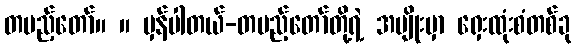
တပည့်တော်။ ။ မှန်ပါတယ်-တပည့်တော်တို့ရဲ့ အမျိုးမှာ ရှေးထုံးစံတစ်ခု